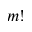
m !